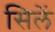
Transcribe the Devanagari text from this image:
सिलें